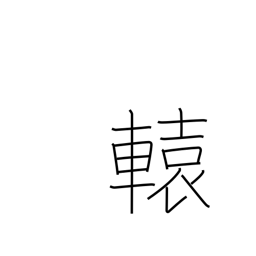
Meaning: shaft